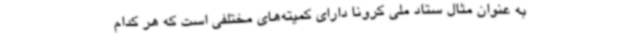
به عنوان مثال ستاد ملی کرونا دارای کمیته‌های مختلفی است که هر کدام